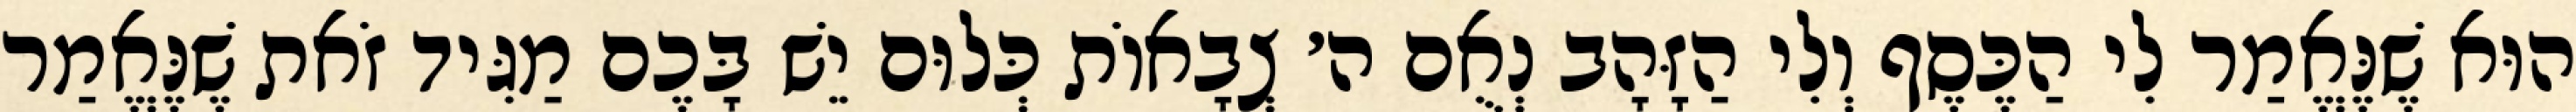
הוּא שֶׁנֶּאֱמַר לִי הַכֶּסֶף וְלִי הַזָּהָב נְאֻם ה׳ צְבָאוֹת כְּלוּם יֵשׁ בָּכֶם מַגִּיד זֹאת שֶׁנֶּאֱמַר